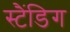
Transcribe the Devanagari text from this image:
स्टैंडिग